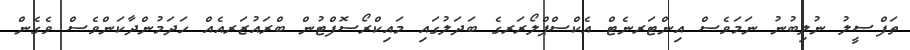
ތަފްޞީލު ނުލިބުނު ނަމަވެސް އިންޓަރނެޓް އެކްސްޕްލޯރަރގެ ބަދަލުގައި މައިކްރޯސޮފްޓުން ބްރައުޒަރއެއް ހަދަމުންދާކަންވެސް ވެގެން